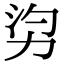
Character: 𠡑